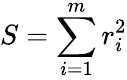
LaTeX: S=\sum_{i=1}^{m}r_{i}^{2}